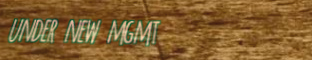
under new mgmt